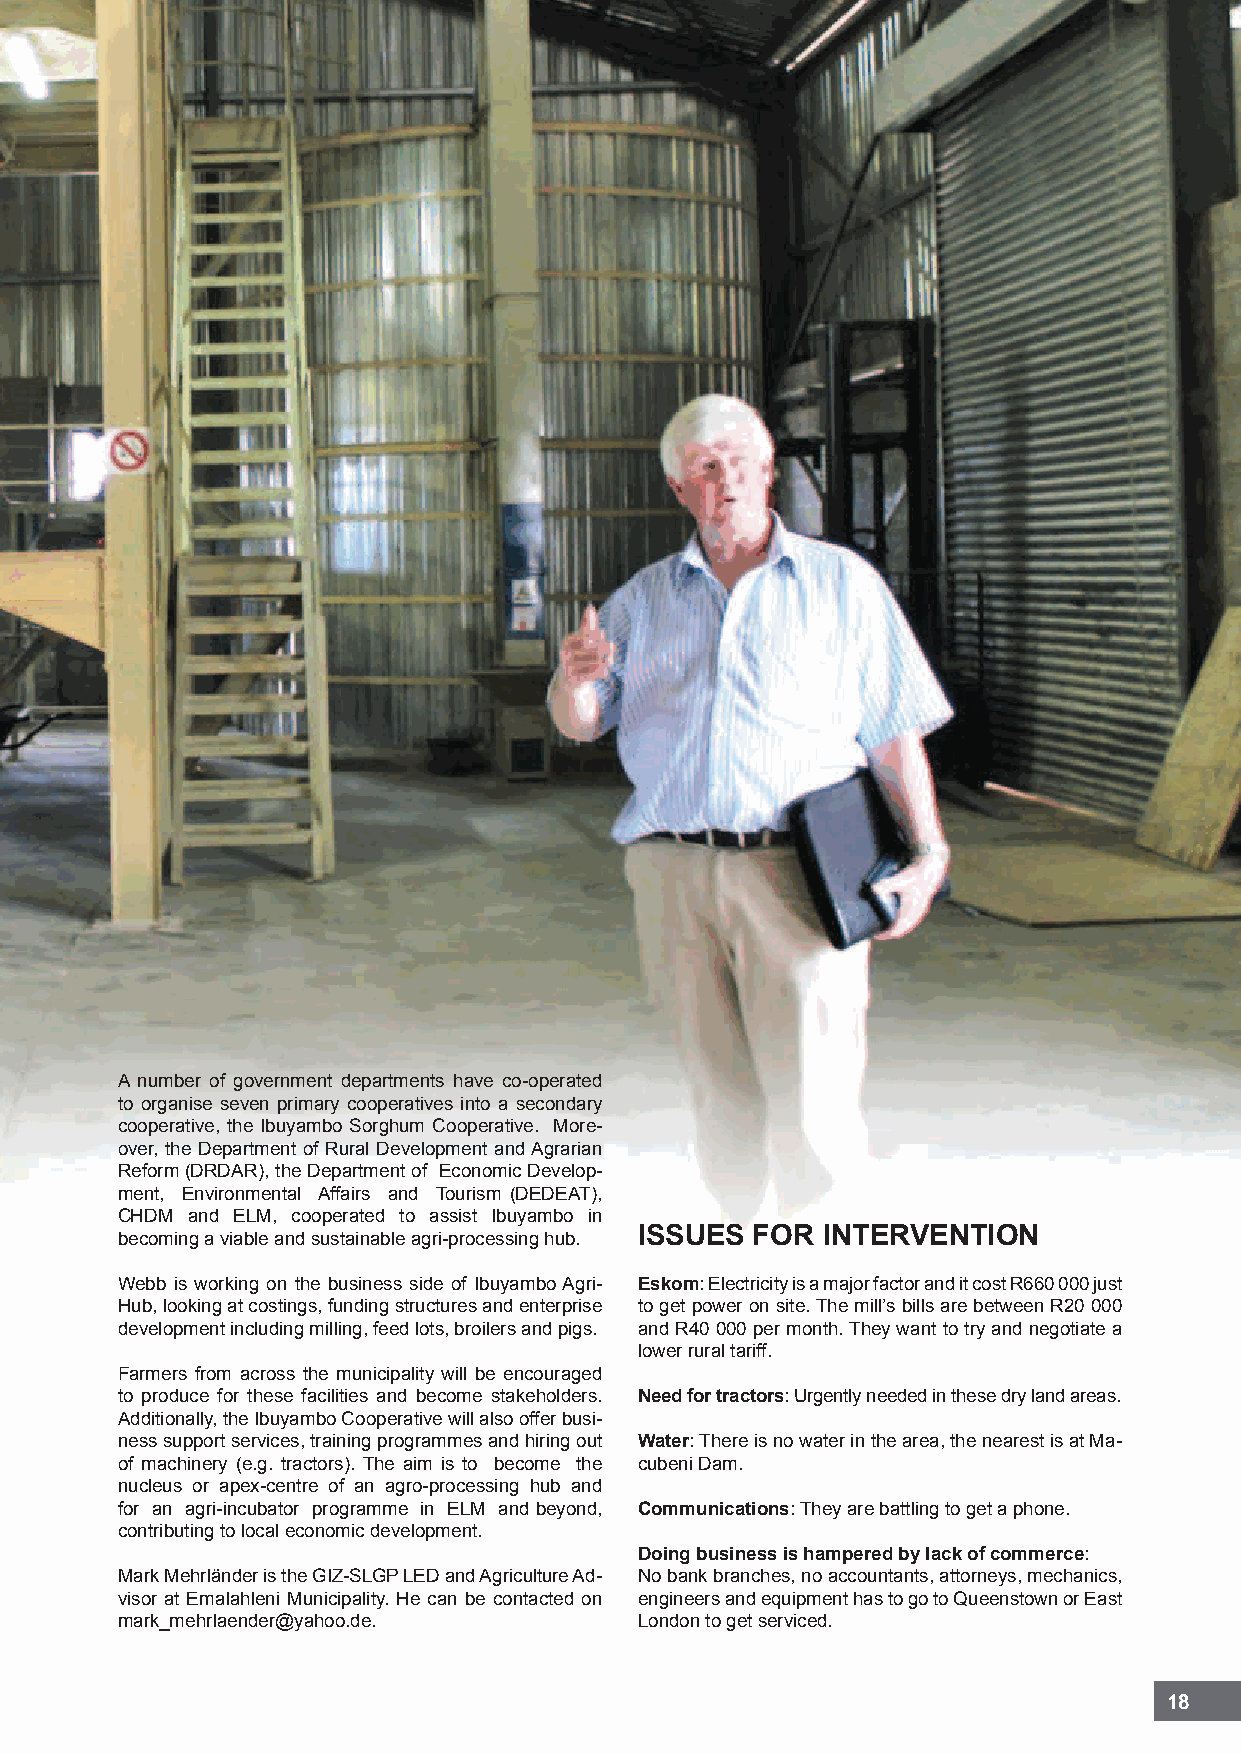
A number of government departments have co-operated
 to organise seven primary cooperatives into a secondary
 cooperative, the Ibuyambo Sorghum Cooperative. More-
 over, the Department of Rural Development and Agrarian
 Reform (DRDAR), the Department of Economic Develop-
 ment, Environmental Affairs and Tourism (DEDEAT),
 CHDM and ELM, cooperated to assist Ibuyambo in
 ISSuES  for INtErvENtIoN
 becoming a viable and sustainable agri-processing hub.
 Webb is working on the business side of Ibuyambo Agri- Eskom: Electricity is a major factor and it cost R660 000 just
 Hub, looking at costings, funding structures and enterprise to get power on site. The mill’s bills are between R20 000
 development including milling, feed lots, broilers and pigs. and R40 000 per month. They want to try and negotiate a
 lower rural tariff.
 Farmers from across the municipality will be encouraged
 to produce for these facilities and become stakeholders. Need for tractors: Urgently needed in these dry land areas.
 Additionally, the Ibuyambo Cooperative will also offer busi-
 ness support services, training programmes and hiring out water: There is no water in the area, the nearest is at Ma-
 of machinery (e.g. tractors). The aim is to become the cubeni Dam.
 nucleus or apex-centre of an agro-processing hub and
 for an agri-incubator programme in ELM and beyond, Communications: They are battling to get a phone.
 contributing to local economic development.
 Doing business is hampered by lack of commerce:
 Mark Mehrländer is the GIZ-SLGP LED and Agriculture Ad- No bank branches, no accountants, attorneys, mechanics,
 visor at Emalahleni Municipality. He can be contacted on engineers and equipment has to go to Queenstown or East
 mark_mehrlaender@yahoo.de.        London to get serviced.
 18